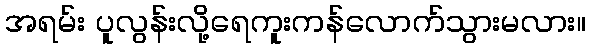
အရမ်း ပူလွန်းလို့ရေကူးကန်လောက်သွားမလား။